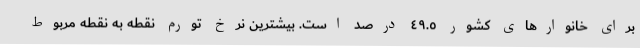
برای خانوارهای کشور ٤٩.٥ درصد است. بیشترین نرخ تورم نقطه به نقطه مربوط